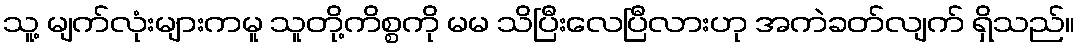
သူ့ မျက်လုံးများကမူ သူတို့ကိစ္စကို မမ သိပြီးလေပြီလားဟု အကဲခတ်လျက် ရှိသည်။